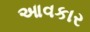
આવકાર